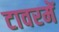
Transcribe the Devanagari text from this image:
टावरमें